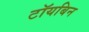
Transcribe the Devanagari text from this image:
टॉयबिन